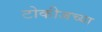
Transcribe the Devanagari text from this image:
टोकीजच्या